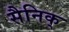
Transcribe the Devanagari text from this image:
सैनिक्